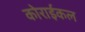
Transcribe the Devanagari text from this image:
कोराईकल